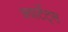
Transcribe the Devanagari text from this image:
क्वार्टेट्स